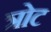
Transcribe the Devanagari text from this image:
त्रोट